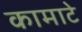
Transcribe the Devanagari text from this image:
कामाटे